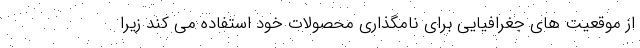
از موقعیت های جغرافیایی برای نامگذاری محصولات خود استفاده می کند زیرا